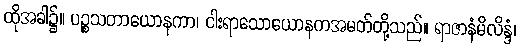
ထိုအခါ၌။ ပဉ္စသတာယောနကာ၊ ငါးရာသောယောနကအမတ်တို့သည်။ ရာဇာနံမိလိန္ဒံ၊